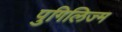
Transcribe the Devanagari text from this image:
पुगिलिज्म